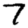
Digit: 7